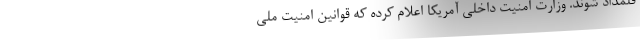
قلمداد شوند. وزارت امنیت داخلی آمریکا اعلام کرده که قوانین امنیت ملی